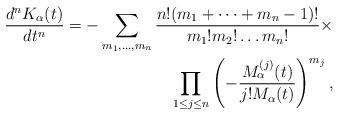
LaTeX: \begin{align*}\frac{d^nK_{\alpha}(t)}{dt^n}=-\sum_{m_1,\dots,m_n}\frac{n!(m_1+\dots+m_n-1)!}{m_1!m_2!\dots m_n!}\times\\\prod_{1\leq j\leq n}\left(-\frac{M_{\alpha}^{(j)}(t)}{j!M_{\alpha}(t)}\right)^{m_j},\end{align*}